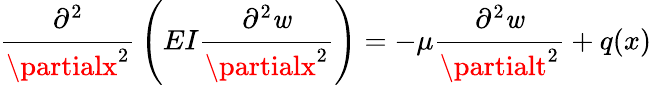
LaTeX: {\cfrac{\partial^{2}}{\partialx^{2}}}\left(EI{\cfrac{\partial^{2}\mathit{w}}{\partialx^{2}}}\right)=-\mu{\cfrac{\partial^{2}\mathit{w}}{\partialt^{2}}}+q(x)